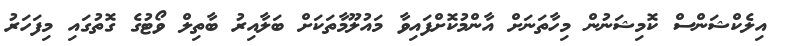
އިލެކްޝަންސް ކޮމިޝަނުން މިހާތަނަށް އާންމުކޮށްފައިވާ މައުލޫމާތަކަށް ބަލާއިރު ބާތިލް ވޯޓުގެ ގޮތުގައި މިފަހަރު